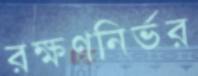
রক্ষণনির্ভর